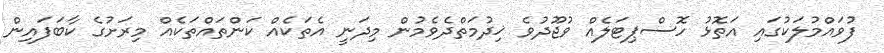
ފުވައްމުލަކުގައި އަތޮޅު ހޮސްޕިޓަލެއް ވުޖޫދުވެ ޚިދުމަތްދެވެމުން މިދަނީ އެތަކެއް ކަންތައްތަކެއް މިރަށުގެ ކާބަފައިން